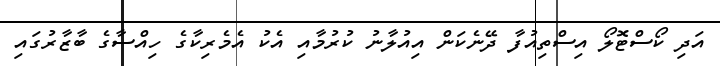
އަދި ކޯސްޓޮލޯ އިސްތިއުފާ ދޭނެކަން އިއުލާނު ކުރުމާއި އެކު އެމެރިކާގެ ހިއްސާގެ ބާޒާރުގައި